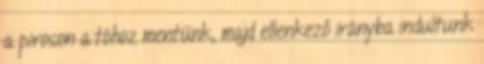
a piroson a tóhoz mentünk, majd ellenkező irányba indultunk